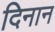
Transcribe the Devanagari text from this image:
दिनान